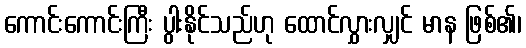
ကောင်းကောင်းကြီး ပွါးနိုင်သည်ဟု ထောင်လွှားလျှင် မာန ဖြစ်၏၊